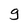
Character: g